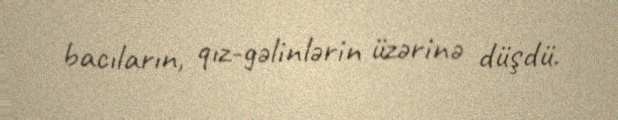
bacıların, qız-gəlinlərin üzərinə düşdü.